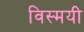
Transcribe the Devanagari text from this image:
विस्मयी